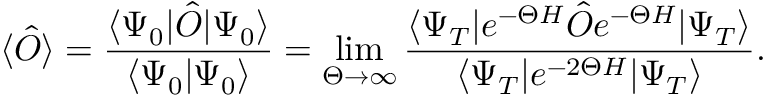
\langle \hat { O } \rangle = \frac { \langle \Psi _ { 0 } \vert \hat { O } \vert \Psi _ { 0 } \rangle } { \langle \Psi _ { 0 } \vert \Psi _ { 0 } \rangle } = \operatorname* { l i m } _ { \Theta \to \infty } \frac { \langle \Psi _ { T } \vert e ^ { - \Theta H } \hat { O } e ^ { - \Theta H } \vert \Psi _ { T } \rangle } { \langle \Psi _ { T } \vert e ^ { - 2 \Theta H } \vert \Psi _ { T } \rangle } .